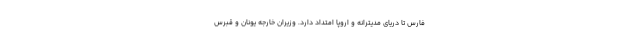
فارس تا دریای مدیترانه و اروپا امتداد دارد. وزیران خارجه یونان و قبرس